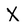
Character: X